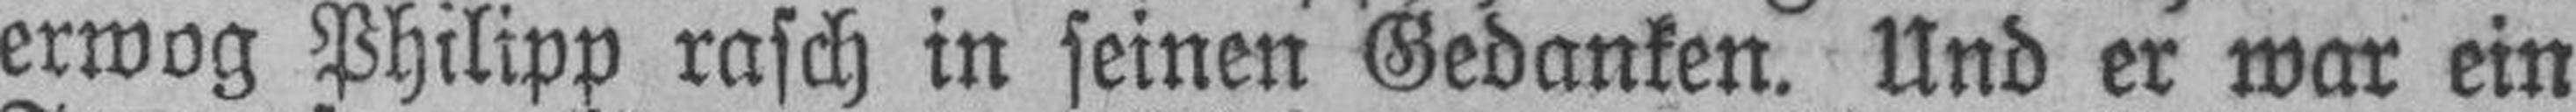
erwog Philipp rasch in seinen Gedanken. Und er war ein